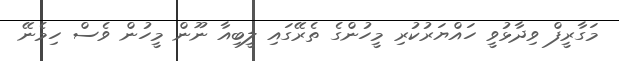
މަގާރީފް ވިދާޅުވީ ހައްޔަރުކުރި މީހުންގެ ތެރޭގައި ލީބިއާ ނޫން މީހުން ވެސް ހިމެނޭ